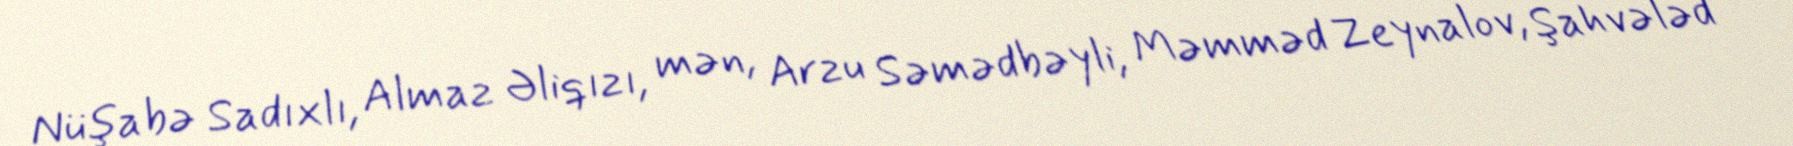
Nüşabə Sadıxlı, Almaz Əliqızı, mən, Arzu Səmədbəyli, Məmməd Zeynalov, Şahvələd